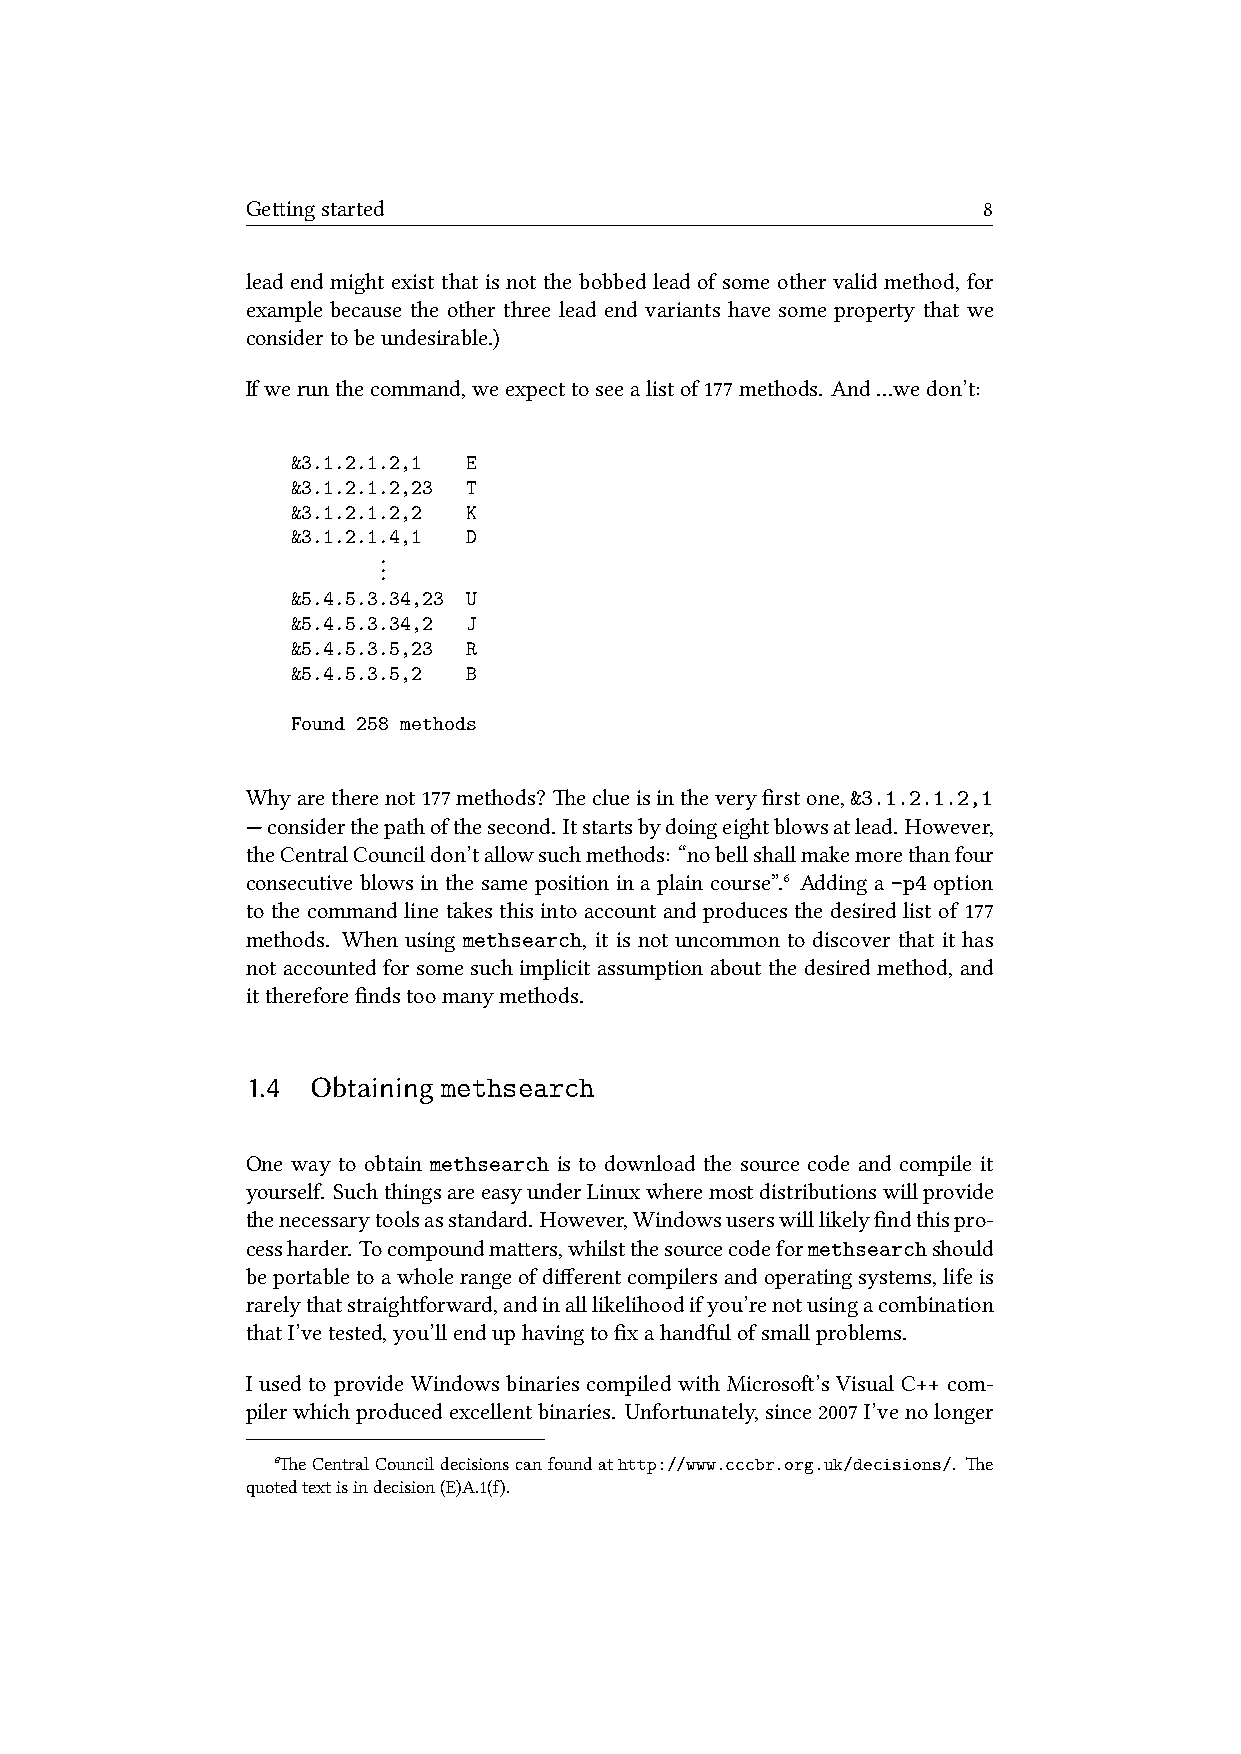
Geingstarted                                    8
 lead end might exist that is not the bobbed lead of some other valid method, for
 example because the other three lead end variants have some property that we
 considertobeundesirable.)
 Ifwerunthecommand,weexpecttoseealistof177methods. And…wedon’t:
 &3.1.2.1.2,1 E
 &3.1.2.1.2,23 T
 &3.1.2.1.2,2 K
 &3.1.2.1.4,1 D
 .
 .
 .
 &5.4.5.3.34,23 U
 &5.4.5.3.34,2 J
 &5.4.5.3.5,23 R
 &5.4.5.3.5,2 B
 Found 258 methods
 Whyaretherenot177methods? eclueisintheveryfirstone,&3.1.2.1.2,1
 —considerthepathofthesecond. Itstartsbydoingeightblowsatlead. However,
 theCentralCouncildon’tallowsuchmethods: “nobellshallmakemorethanfour
 consecutive blows in the same position in a plain course”.⁶ Adding a -p4 option
 to the command line takes this into account and produces the desired list of 177
 methods. When using methsearch, it is not uncommon to discover that it has
 not accounted for some such implicit assumption about the desired method, and
 itthereforefindstoomanymethods.
 1.4  Obtaining methsearch
 One way to obtain methsearch is to download the source code and compile it
 yourself. SuchthingsareeasyunderLinuxwheremostdistributionswillprovide
 thenecessarytoolsasstandard. However,Windowsuserswilllikelyfindthispro-
 cessharder. Tocompoundmaers,whilstthesourcecodeformethsearchshould
 beportabletoawholerangeofdifferentcompilersandoperatingsystems,lifeis
 rarelythatstraightforward,andinalllikelihoodifyou’renotusingacombination
 thatI’vetested,you’llenduphavingtofixahandfulofsmallproblems.
 I used to provide Windows binaries compiled with Microso’s Visual C++ com-
 pilerwhichproducedexcellentbinaries. Unfortunately,since2007I’venolonger
 ⁶eCentralCouncildecisionscanfoundathttp://www.cccbr.org.uk/decisions/. e
 quotedtextisindecision(E)A.1().